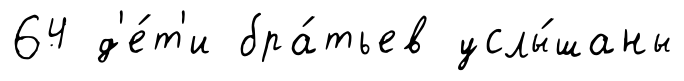
64 д'е́т'и бра́тьев услы́шаны